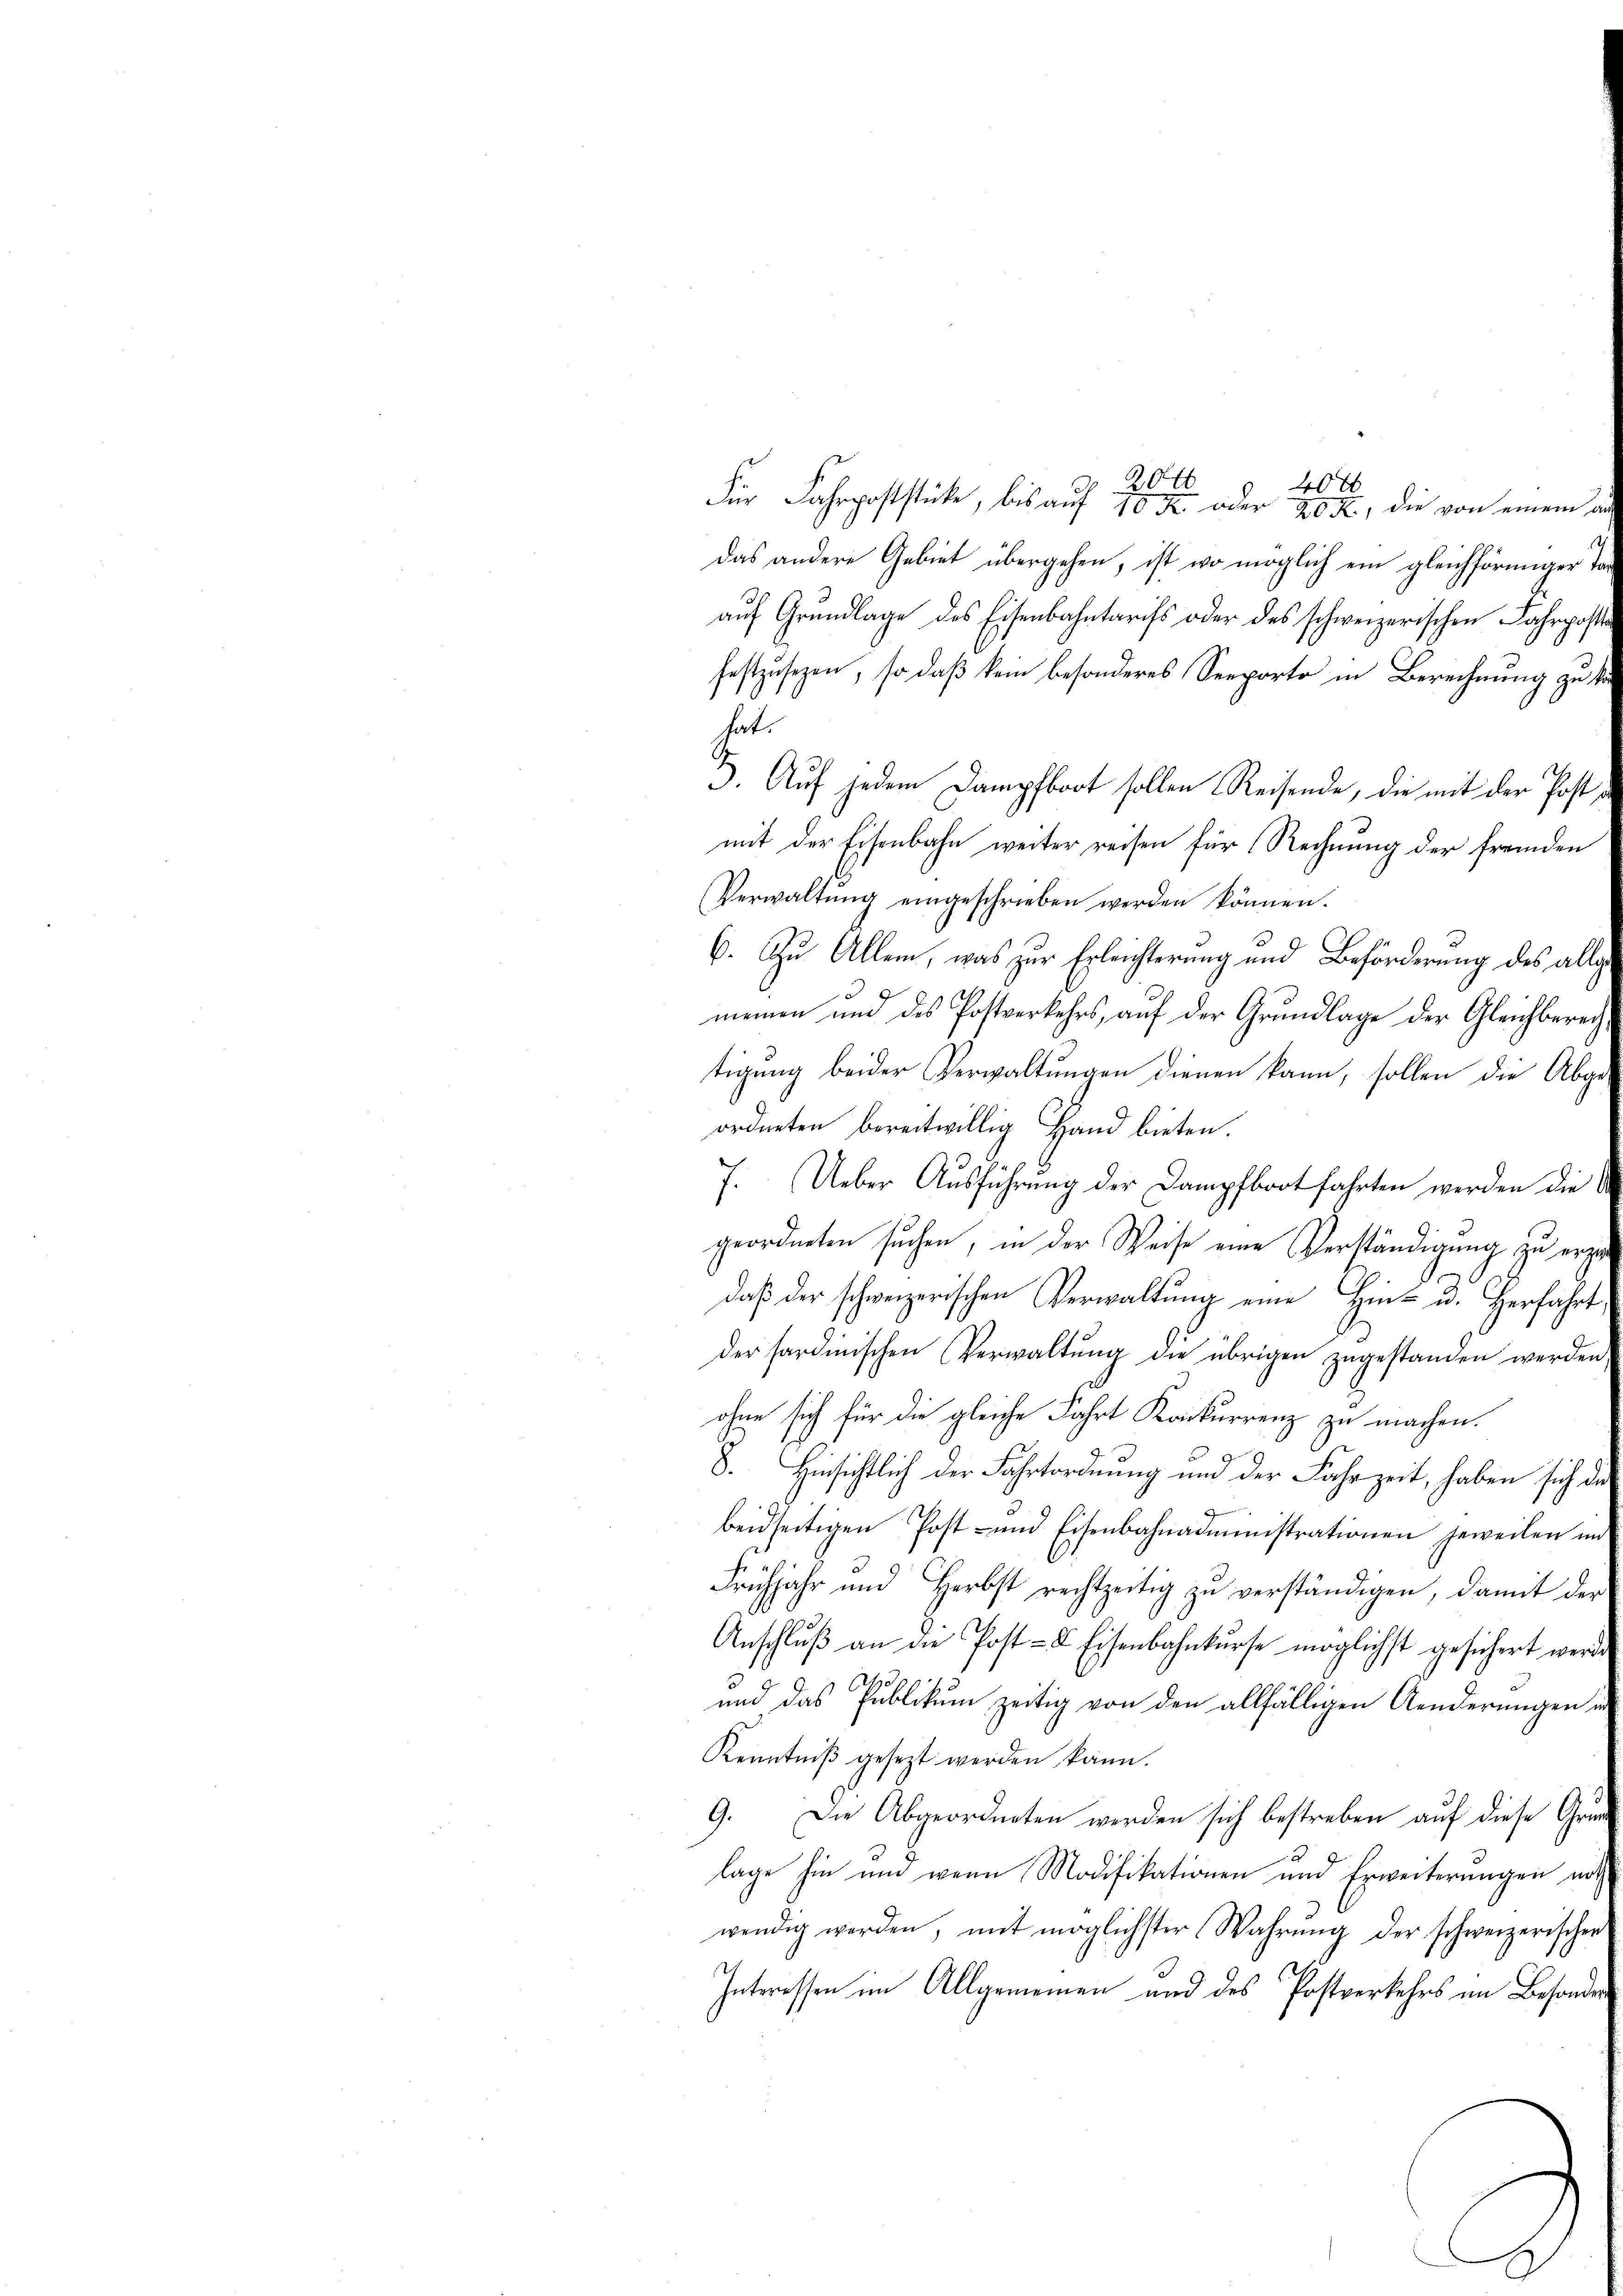
das andere Gebiet übergehen, ist wo möglich ein gleichförmiger
auf Grundlage des Eisenbahntarifs oder des schweizerischen Fahrpost
festzusezen, so daß kein besonderes Seeporto in Berechnung zu k
hat.
3. Auf jedem Dampfboot sollen Reisende, die mit der Post
mit der Eisenbahn weiter reisen für Rechnung der fremden
Verwaltŭng eingeschrieben werden können.
6. Zu Allem, was zur Erleichterung und Beförderung des allg
d
meinen und des Postverkehrs, auf der Grundlage der Gleichberei
tigung beider Verwaltungen dienen kann, sollen die Abge-
ordneten bereitwillig Hand bieten.
7. Ueber Ausführung der Dampfboot fahrten werden die
geordneten suchen, in der Weise eine Verständigung zu erze
daß der schweizerischen Verwaltung eine Hin- u. Herfahrt
der sardinischen Verwaltung die übrigen zugestanden werden
ohne sich für die gleiche Fahrt Konkurrenz zu machen.
8. Hinsichtlich der Fahrtordnung und der Fahrzeit, haben sich da
d
beidseitigen Post- und Eisenbahnadministrationen jeweilen im
Frühjahr und Herbst rechtzeitig zu verständigen, damit der
Anschluß an die Post- & Eisenbahnkurse möglichst gesichert werd
und das Publikum zeitig von den allfälligen Aenderungen
Kenntniβ gesezt werden kann.
9. Die Abgeordneten werden sich bestreben auf diese Grunlage hin um wenn Modifikationen und Erweiterungen noth
wendig werden, mit möglichster Wahrŭng der schweizerischen
.
Interessen im Allgemeinen und des Postverkehrs im Besonde

204
40 x
Für Fahrpoststücke, bis auf 10 Fr. oder 20 f., die von einem a.